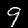
Label: 9